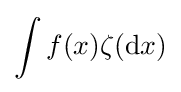
\int f(x)\zeta (\mathrm {d} x)